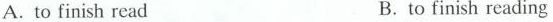
A.to finish read B.to finish reading